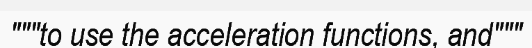
"""to use the acceleration functions, and"""